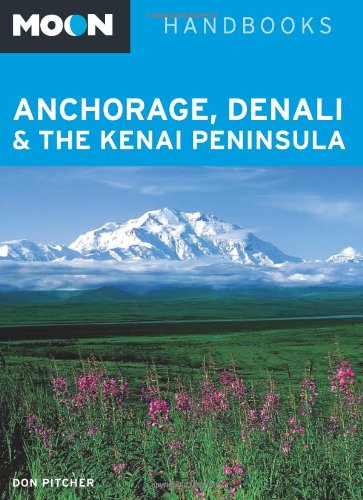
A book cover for Moon Anchorage, Denali & the Kenai Peninsula (Moon Handbooks); Don Pitcher; Travel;